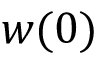
w ( 0 )